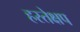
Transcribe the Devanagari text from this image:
हस्तेक्षप